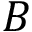
B